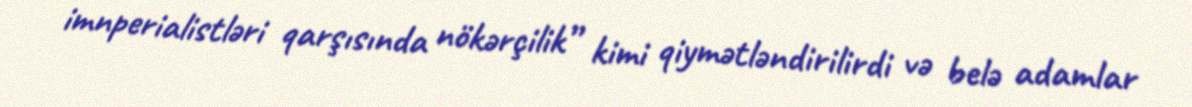
imnperialistləri qarşısında nökərçilik” kimi qiymətləndirilirdi və belə adamlar